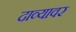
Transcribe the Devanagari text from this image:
दाव्यावर